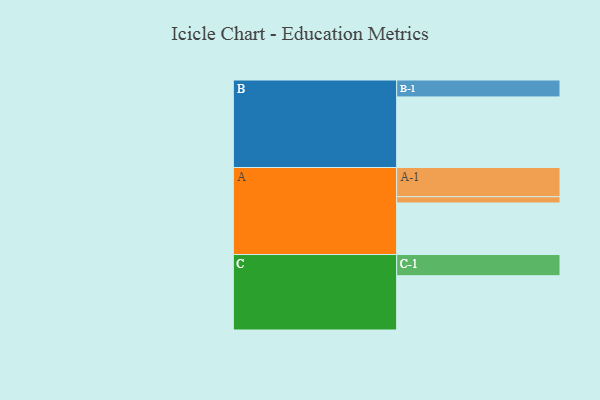
{"axis": {"x": "Segment", "y": "Value"}, "legend": ["", "A", "B", "C"], "data": [{"x": "A", "y": 420, "type": ""}, {"x": "B", "y": 575, "type": ""}, {"x": "C", "y": 442, "type": ""}, {"x": "A-1", "y": 238, "type": "A"}, {"x": "A-2", "y": 51, "type": "A"}, {"x": "B-1", "y": 138, "type": "B"}, {"x": "C-1", "y": 173, "type": "C"}]}